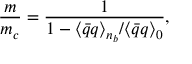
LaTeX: \frac { m } { m _ { c } } = \frac { 1 } { 1 - { \langle \bar { q } q \rangle _ { n _ { b } } } / { \langle \bar { q } q \rangle _ { 0 } } } ,